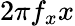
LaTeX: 2\pi f_{x}x